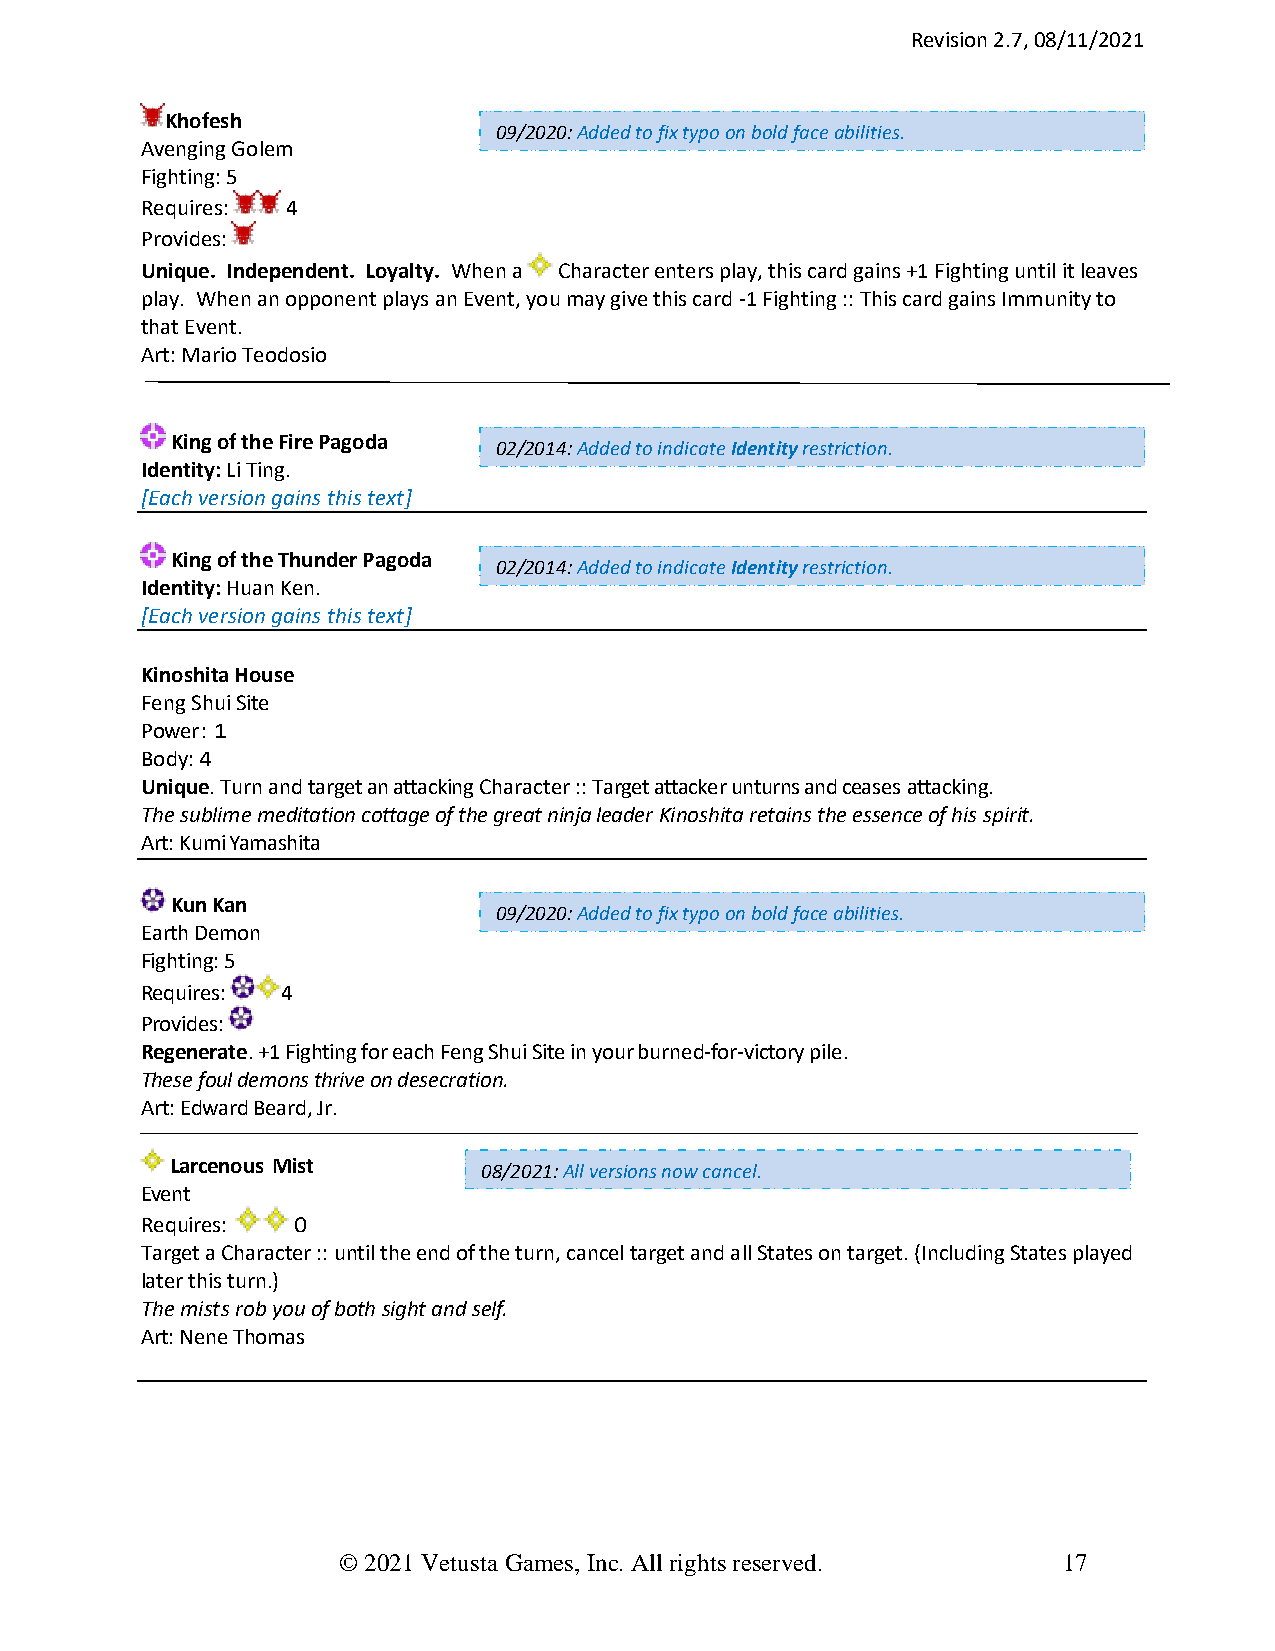
Revision 2.7, 08/11/2021
 Khofesh
 09/2020: Added to fix typo on bold face abilities.
 Avenging Golem
 Fighting: 5
 Requires: 4
 Provides:
 Unique. Independent. Loyalty. When a Character enters play, this card gains +1 Fighting until it leaves
 play. When an opponent plays an Event, you may give this card -1 Fighting :: This card gains Immunity to
 that Event.
 Art: Mario Teodosio
 King of the Fire Pagoda
 02/2014: Added to indicate Identity restriction.
 Identity: Li Ting.
 [Each version gains this text]
 King of the Thunder Pagoda
 02/2014: Added to indicate Identity restriction.
 Identity: Huan Ken.
 [Each version gains this text]
 Kinoshita House
 Feng Shui Site
 Power : 1
 Body: 4
 Unique. Turn and target an attacking Character :: Target attacker unturns and ceases attacking.
 The sublime meditation cottage of the great ninja leader Kinoshita retains the essence of his spirit.
 Art: Kumi Yamashita
 Kun Kan
 09/2020: Added to fix typo on bold face abilities.
 Earth Demon
 Fighting: 5
 Requires: 4
 Provides:
 Regenerate. +1 Fighting for each Feng Shui Site in your burned-for-victory pile.
 These foul demons thrive on desecration.
 Art: Edward Beard, Jr.
 Larcenous Mist
 08/2021: All versions now cancel.
 Event
 Requires: 0
 Target a Character :: until the end of the turn, cancel target and all States on target. (Including States played
 later this turn.)
 The mists rob you of both sight and self.
 Art: Nene Thomas
 © 2021 Vetusta Games, Inc. All rights reserved. 17